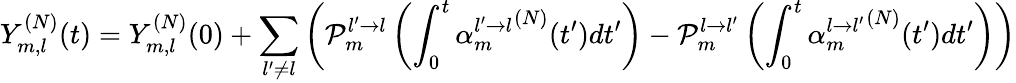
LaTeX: Y_{m,l}^{(N)}(t)=Y_{m,l}^{(N)}(0)+\sum_{l^{\prime}\neq l}\left(\mathcal{P}_{m}^{l^{\prime}\rightarrow l}\left(\int_{0}^{t}{\alpha_{m}^{l^{\prime}\rightarrow l}}^{(N)}(t^{\prime})dt^{\prime}\right)-\mathcal{P}_{m}^{l\rightarrow l^{\prime}}\left(\int_{0}^{t}{\alpha_{m}^{l\rightarrow l^{\prime}}}^{(N)}(t^{\prime})dt^{\prime}\right)\right)